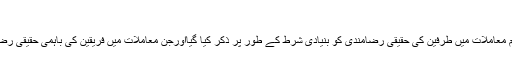
‘‘
مذکورہ بالا آیت میں تجارت و لین دین کے تمام معاملات میں طرفین کی حقیقی رضامندی کو بنیادی شرط کے طور پر ذکر کیا گیااورجن معاملات میں فریقین کی باہمی حقیقی رضامندی شامل نہ ہو اُنہیں باطل قرار دیا گیا ہے۔